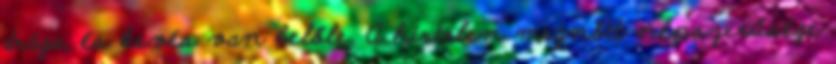
drága, és kevés van belőle. A hirtelen megnőtt népszerűsége